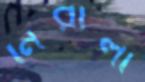
নিরালা